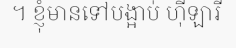
។ ខ្ញុំមានទៅបង្អាប់ ហ៊ីឡារី